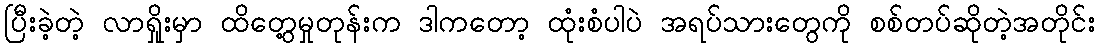
ပြီးခဲ့တဲ့ လာရှိုးမှာ ထိတွေ့မှုတုန်းက ဒါကတော့ ထုံးစံပါပဲ အရပ်သားတွေကို စစ်တပ်ဆိုတဲ့အတိုင်း